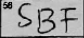
Transcription: SBF